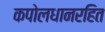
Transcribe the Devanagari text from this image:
कपोलधानरहित